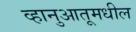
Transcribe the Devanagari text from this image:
व्हानुआतूमधील